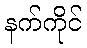
နက်ကိုင်